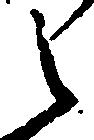
之